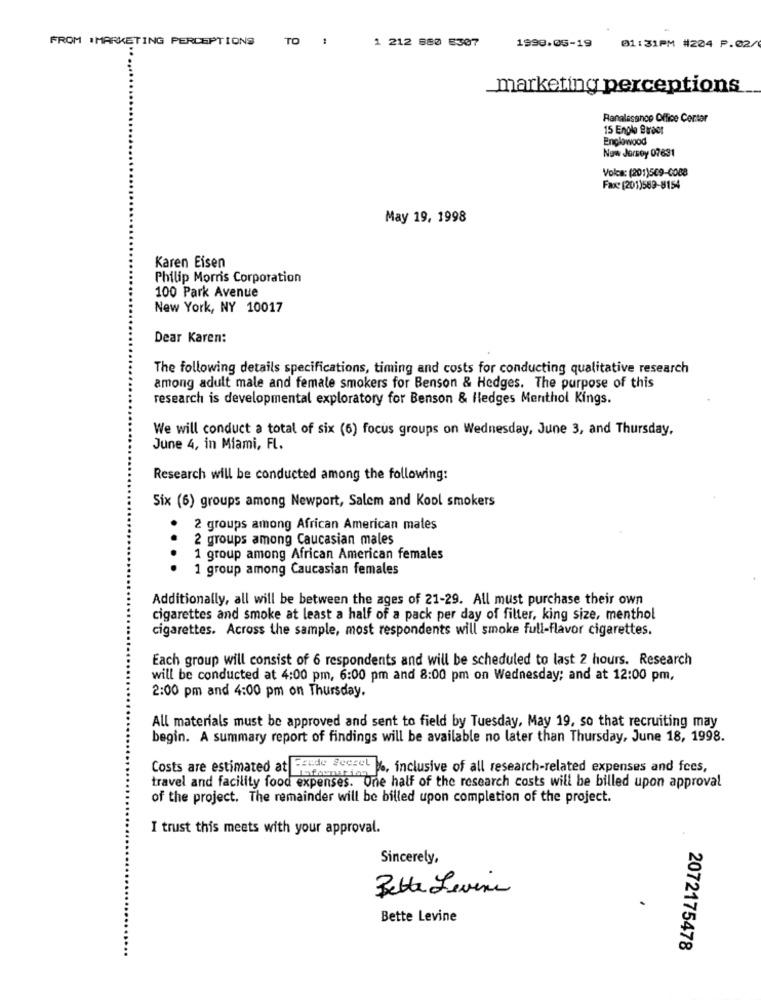
FROM .MARKETING PERCEPTIONS
TO :
1 212 880 8307
1993.05-19
01:31PM #204 P.02/
marketing perceptions
Ranalesanco Office Center
15 Enplo Braet
Enplowood
New Jersey 07631
Volca: (201)509-0088
Fax: (201)569-8154
May 19, 1998
Karen Eisen
Philip Morris Corporation
100 Park Avenue
New York, NY 10017
Dear Karen:
The following details specifications, timing and costs for conducting qualitative research
among adult male and female smokers for Benson & Hedges. The purpose of this
research is developmental exploratory for Benson & Hledges Menthol Kings.
We will conduct a total of six (6) focus groups on Wednesday, June 3, and Thursday,
June 4, in Miami, FL.
Research will be conducted among the following:
Six (6) groups among Newport, Salem and Kool smokers
.
2 groups among African American males
2 groups among Caucasian males
.
1 group among African American females
1 group among Caucasian females
Additionally, all will be between the ages of 21-29. All must purchase their own
cigarettes and smoke at least a half of a pack per day of filter, king size, menthol
cigarettes. Across the sample, most respondents will smoke full-flavor cigarettes.
Each group will consist of 6 respondents and will be scheduled to last 2 hours. Research
will be conducted at 4:00 pm, 6:00 pm and 8:00 pm on Wednesday; and at 12:00 pm,
2:00 pm and 4:00 pm on Thursday.
All materials must be approved and sent to field by Tuesday, May 19, so that recruiting may
begin. A summary report of findings will be available no later than Thursday, June 18, 1998.
Ecede Secret ., inclusive of all research-related expenses and fees,
Costs are estimated at information
travel and facility food expenses. One half of the research costs will be billed upon approval
of the project. The remainder will be billed upon completion of the project.
I trust this meets with your approval.
Sincerely,
Better Levine
Bette Levine
2072175478